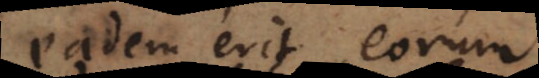
eadem erit eorum